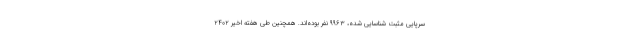
سرپایی مثبت شناسایی شده، ۹۹۶۳ نفر بوده‌اند. همچنین طی هفته اخیر ۲۴۰۲